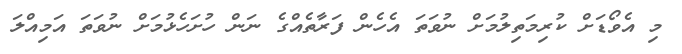
މި އެވޯޑަށް ކުރިމަތިލުމަށް ނުވަތަ އެހެން ފަރާތެއްގެ ނަން ހުށަހެޅުމަށް ނުވަތަ އަމިއްލަ